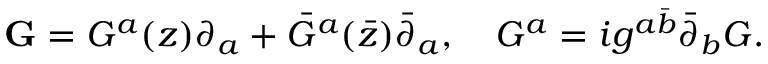
{ \bf G } = G ^ { a } ( z ) \partial _ { a } + { \bar { G } } ^ { a } ( { \bar { z } } ) { \bar { \partial } } _ { a } , \quad G ^ { a } = i g ^ { a \bar { b } } { \bar { \partial } } _ { b } G .